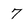
Character: 7